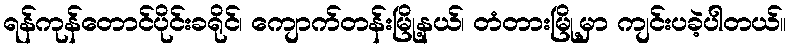
ရန်ကုန်တောင်ပိုင်းခရိုင်၊ ကျောက်တန်းမြို့နယ်၊ တံတားမြို့မှာ ကျင်းပခဲ့ပါတယ်။